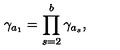
\gamma _ { a _ { 1 } } = \prod _ { s = 2 } ^ { b } \gamma _ { a _ { s } } ,